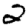
Digit: 2